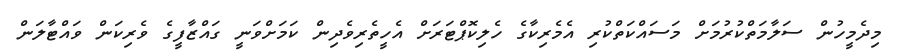
މިދެމީހުން ސަލާމަތްކުރުމަށް މަސައްކަތްކުރި އެމެރިކާގެ ހެލިކޮޕްޓަރަށް އެހީތެރިވެދިން ކަމަށްވަނީ ގައްޒާފީގެ ވެރިކަން ވައްޓާލަން